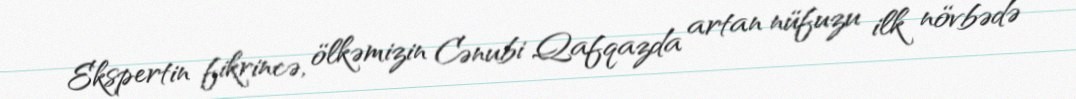
Ekspertin fikrincə, ölkəmizin Cənubi Qafqazda artan nüfuzu ilk növbədə